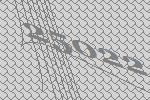
25022